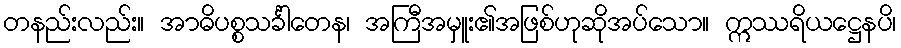
တနည်းလည်း။ အာဓိပစ္စသင်္ခါတေန၊ အကြီအမှူး၏အဖြစ်ဟုဆိုအပ်သော။ ဣဿရိယဋ္ဌေနပိ၊